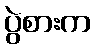
ပွဲစားက